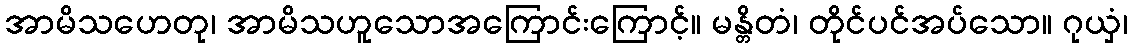
အာမိသဟေတု၊ အာမိသဟူသောအကြောင်းကြောင့်။ မန္တိတံ၊ တိုင်ပင်အပ်သော။ ဂုယှံ၊